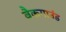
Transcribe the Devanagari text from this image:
बैकगाउंड